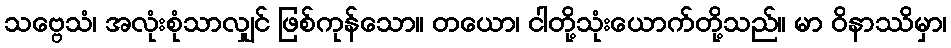
သဗ္ဗေသံ၊ အလုံးစုံသာလျှင် ဖြစ်ကုန်သော။ တယော၊ ငါတို့သုံးယောက်တို့သည်။ မာ ဝိနာဿိမှာ၊